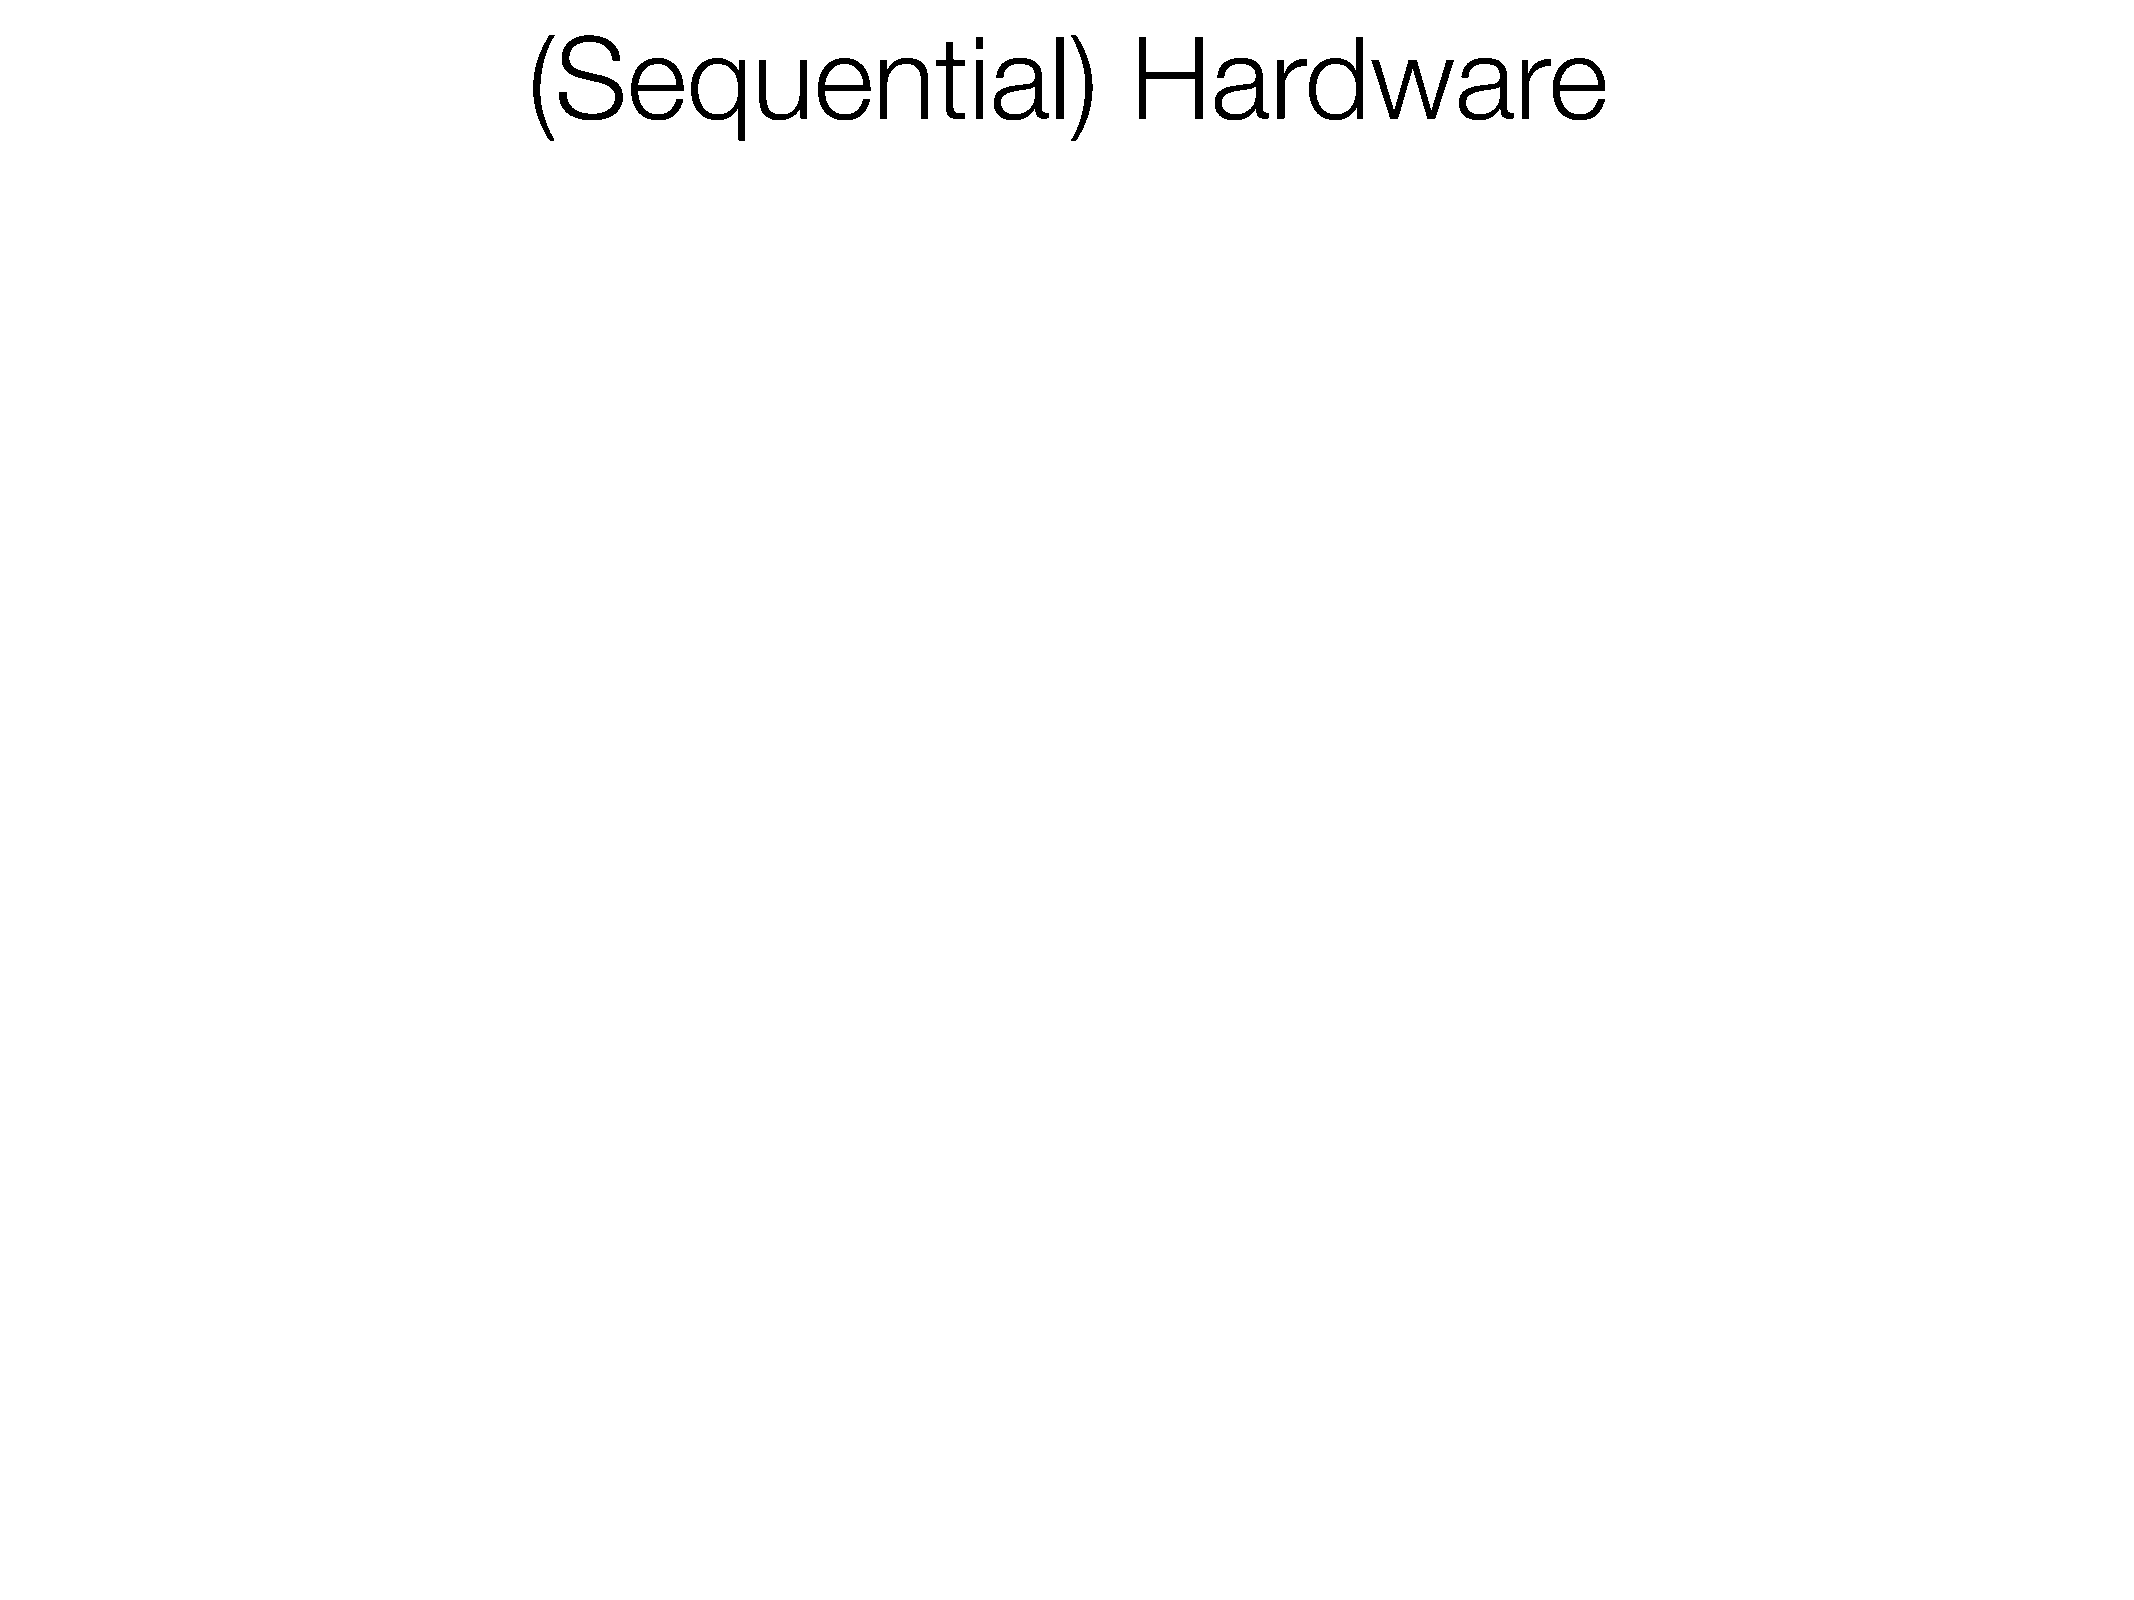
(Sequential)                            Hardware